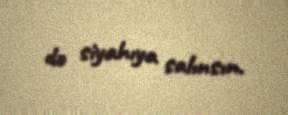
də siyahıya salınsın.